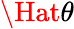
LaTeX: \Hat{\theta}